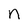
Character: n